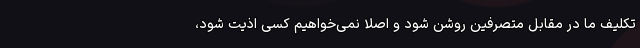
تکلیف ما در مقابل متصرفین روشن شود و اصلا نمی‌خواهیم کسی اذیت شود،